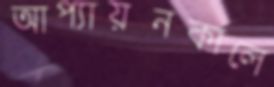
আপ্যায়নকালে